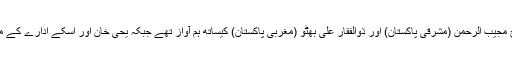
مشرقی اور مغربی پاکستان ان دنوں بالترتیب شیخ مجیب الرحمٰن (مشرقی پاکستان) اور ذوالفقار علی بھٹو (مغربی پاکستان) کیساتھ ہم آواز تھے جبکہ یحیٰ خان اور اسکے ادارے کے مفادات عوامی لیڈران کی سوچ سے متصادم تھے۔